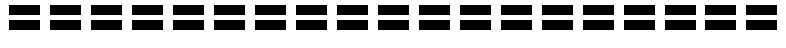
===================